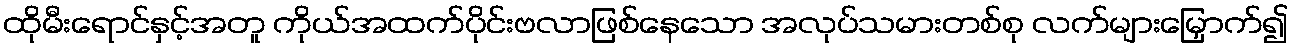
ထိုမီးရောင်နှင့်အတူ ကိုယ်အထက်ပိုင်းဗလာဖြစ်နေသော အလုပ်သမားတစ်စု လက်များမြှောက်၍